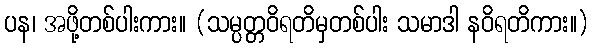
ပန၊ အဖို့တစ်ပါးကား။ (သမ္ပတ္တဝိရတိမှတစ်ပါး သမာဒါ နဝိရတိကား။)